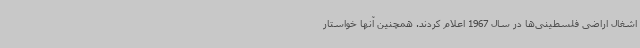
اشغال اراضی فلسطینی‌ها در سال 1967 اعلام کردند. همچنین آنها خواستار